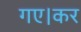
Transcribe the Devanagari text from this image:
गए।कर